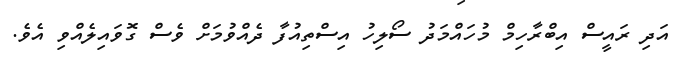
އަދި ރައީސް އިބްރާހިމް މުހައްމަދު ސޯލިހު އިސްތިއުފާ ދެއްވުމަށް ވެސް ގޮވައިލެއްވި އެވެ.